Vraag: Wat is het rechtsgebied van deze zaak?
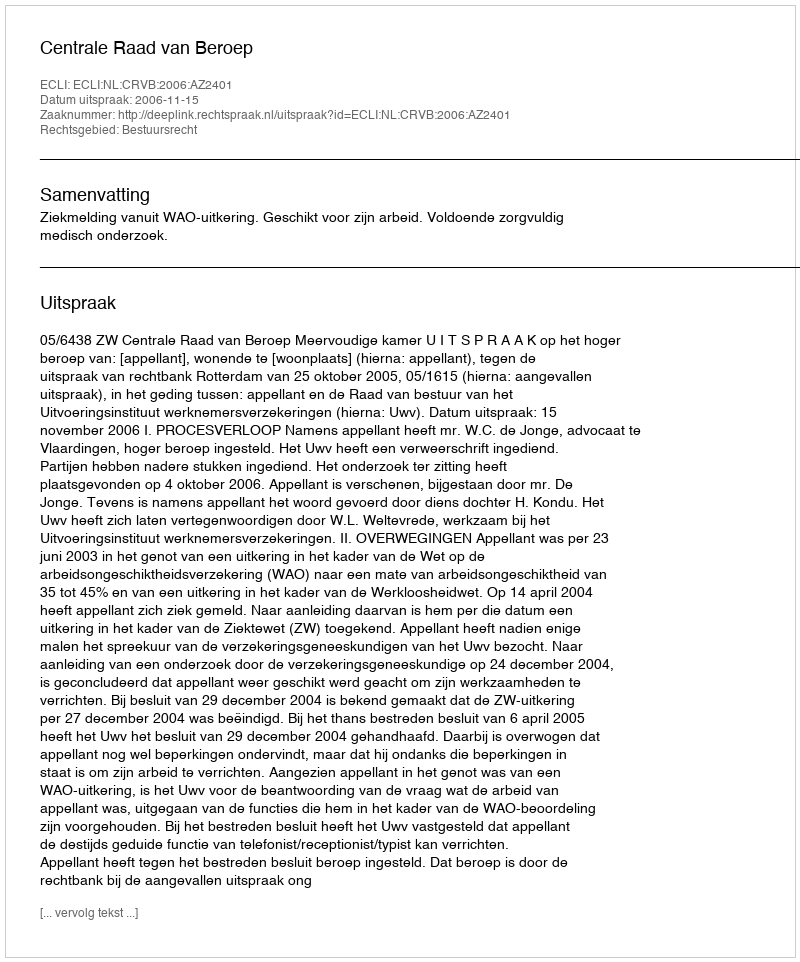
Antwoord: Bestuursrecht